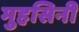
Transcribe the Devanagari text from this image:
मुहसिनी